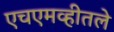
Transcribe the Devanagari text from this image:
एचएमव्हीतले